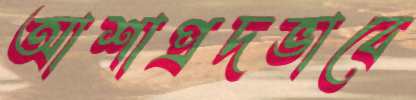
আশাপ্রদভাবে